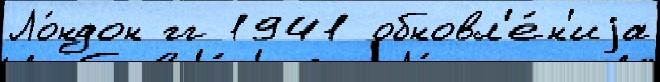
Ло́ндон гг 1941 обновл'е́н'иjа